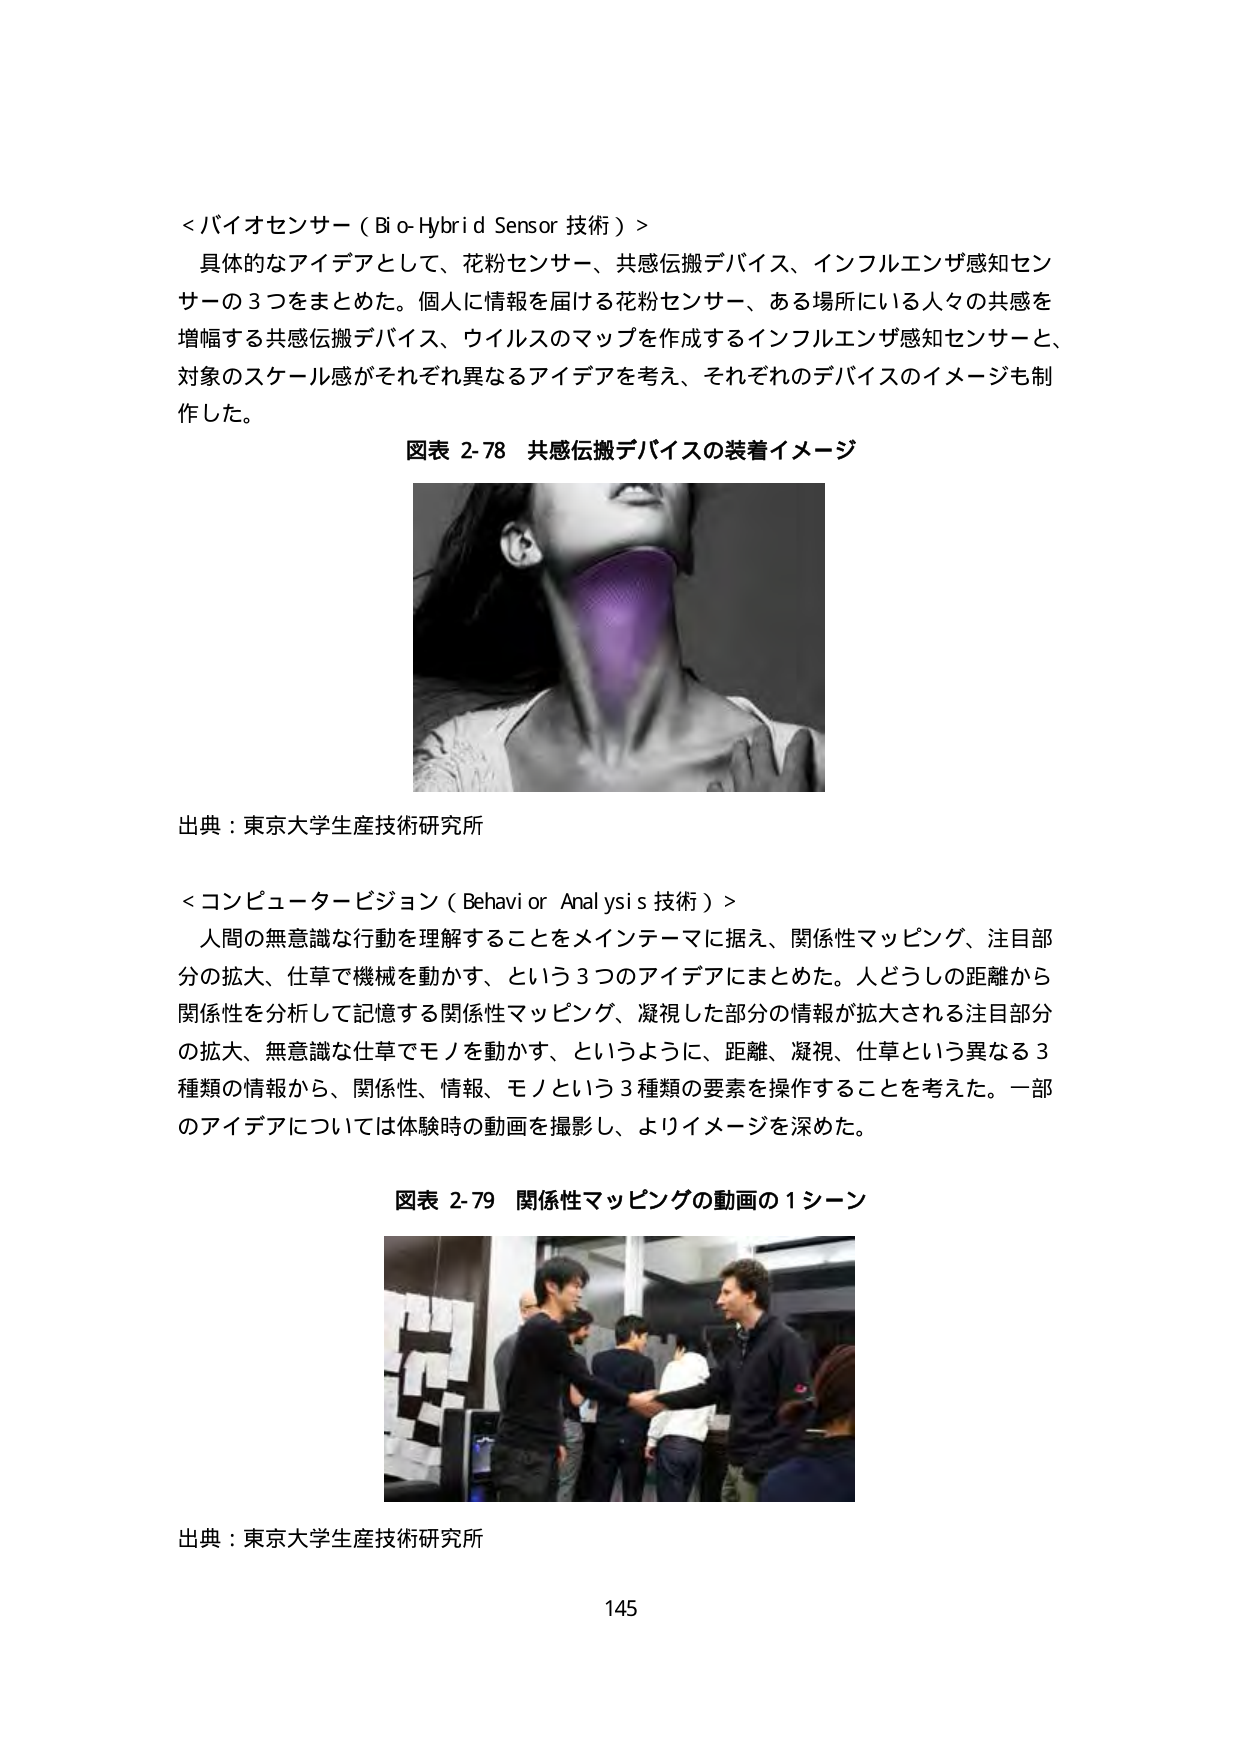
＜バイオセンサー（Bi o-Hybr i d Sensor 技術）＞
具体的なアイデアとして、花粉センサー、共感伝搬デバイス、インフルエンザ感知センサーの３つをまとめた。個人に情報を届ける花粉センサー、ある場所にいる人々の共感を増幅する共感伝搬デバイス、ウイルスのマップを作成するインフルエンザ感知センサーと、対象のスケール感がそれぞれ異なるアイデアを考え、それぞれのデバイスのイメージも制作した。

図表 2-78 共感伝搬デバイスの装着イメージ

出典：東京大学生産技術研究所

＜コンピュータービジョン（Behavi or Anal ysi s 技術）＞
人間の無意識な行動を理解することをメインテーマに据え、関係性マッピング、注目部分の拡大、仕草で機械を動かす、という３つのアイデアにまとめた。人どうしの距離から関係性を分析して記憶する関係性マッピング、凝視した部分の情報が拡大される注目部分の拡大、無意識な仕草でモノを動かす、というように、距離、凝視、仕草という異なる３種類の情報から、関係性、情報、モノという３種類の要素を操作することを考えた。一部のアイデアについては体験時の動画を撮影し、よりイメージを深めた。

図表 2-79 関係性マッピングの動画の１シーン

出典：東京大学生産技術研究所

145